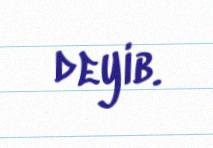
deyib.